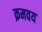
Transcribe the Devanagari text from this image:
क्रमवय